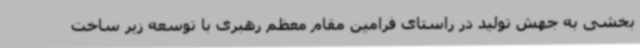
بخشی به جهش تولید در راستای فرامین مقام معظم رهبری با توسعه زیر ساخت